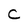
Character: C